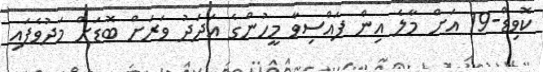
ކޮވިޑް-19 އަށް މާލެ އިން ފައްސިވާ މީހުންގެ އަދަދު ވަރަށް ބޮޑަށް މަދުވެފައި